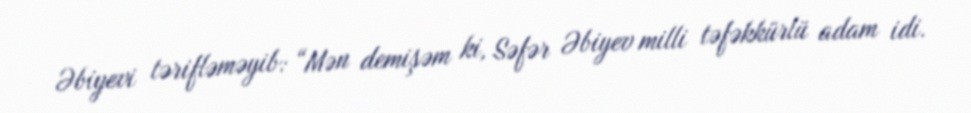
Əbiyevi tərifləməyib: “Mən demişəm ki, Səfər Əbiyev milli təfəkkürlü adam idi.